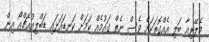
މެލޭރިއާ ބަލި އެއްގޮތަކަށް ވެސް ނެތް ގައުމެއް ކަމަށް ކަނޑައަޅައި ޑަބްލިއުއެޗްއޯ އިން